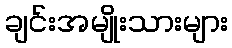
ချင်းအမျိုးသားများ